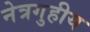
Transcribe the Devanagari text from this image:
नेत्रगुहीय